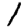
Digit: 1